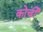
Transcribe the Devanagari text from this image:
कोर्ची